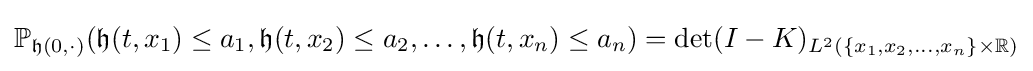
\mathbb {P} _{{\mathfrak {h}}(0,\cdot )}({\mathfrak {h}}(t,x_{1})\leq a_{1},{\mathfrak {h}}(t,x_{2})\leq a_{2},\dots ,{\mathfrak {h}}(t,x_{n})\leq a_{n})=\det(I-K)_{L^{2}(\{x_{1},x_{2},\dots ,x_{n}\}\times \mathbb {R} )}